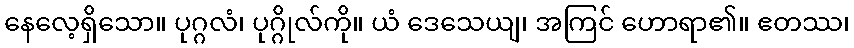
နေလေ့ရှိသော။ ပုဂ္ဂလံ၊ ပုဂ္ဂိုလ်ကို။ ယံ ဒေသေယျ၊ အကြင် ဟောရာ၏။ ဧတဿ၊